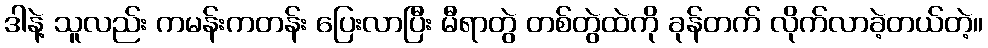
ဒါနဲ့ သူလည်း ကမန်းကတန်း ပြေးလာပြီး မီရာတွဲ တစ်တွဲထဲကို ခုန်တက် လိုက်လာခဲ့တယ်တဲ့။